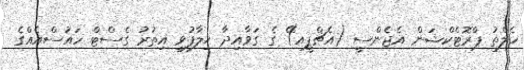
ހެލްތު ޕްރޮޓެކްޝަން އެޖެންސީ (އެޗްޕީއ)ޭ ގެ ގަވާއިދާ ޚިލާފުވި އިތުރު ގެސްޓް ހައުސްއެއްގެ